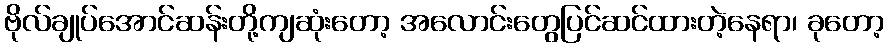
ဗိုလ်ချုပ်အောင်ဆန်းတို့ကျဆုံးတော့ အလောင်းတွေပြင်ဆင်ထားတဲ့နေရာ၊ ခုတော့